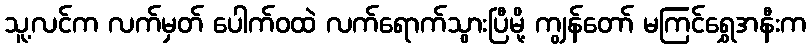
သူ့လင်က လက်မှတ် ပေါက်ဝထဲ လက်ရောက်သွားပြီမို့ ကျွန်တော် မကြင်ရွှေအနီးက